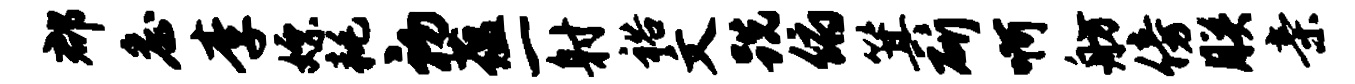
郡詹李嫖耗初蕴一射裕文跣俯箕斫啊舫傍朕亲